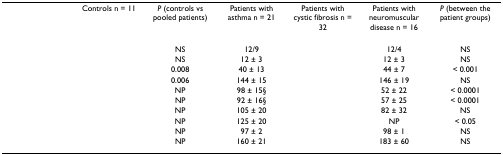
<table><thead><tr><td>[EMPTY_CELL]</td><td><b>Controls n = 11</b></td><td><b><i>P </i>(controls vs pooled patients)</b></td><td><b>Patients with asthma n = 21</b></td><td><b>Patients with cystic fibrosis n = 32</b></td><td><b>Patients with neuromuscular disease n = 16</b></td><td><b><i>P </i>(between the patient groups)</b></td></tr></thead><tbody><tr><td>[EMPTY_CELL]</td><td>[EMPTY_CELL]</td><td>NS</td><td>12/9</td><td>[EMPTY_CELL]</td><td>12/4</td><td>NS</td></tr><tr><td>[EMPTY_CELL]</td><td>[EMPTY_CELL]</td><td>NS</td><td>12 ± 3</td><td>[EMPTY_CELL]</td><td>12 ± 3</td><td>NS</td></tr><tr><td>[EMPTY_CELL]</td><td>[EMPTY_CELL]</td><td>0.008</td><td>40 ± 13</td><td>[EMPTY_CELL]</td><td>44 ± 7</td><td>&lt; 0.001</td></tr><tr><td>[EMPTY_CELL]</td><td>[EMPTY_CELL]</td><td>0.006</td><td>144 ± 15</td><td>[EMPTY_CELL]</td><td>146 ± 19</td><td>NS</td></tr><tr><td>[EMPTY_CELL]</td><td>[EMPTY_CELL]</td><td>NP</td><td>98 ± 15§</td><td>[EMPTY_CELL]</td><td>52 ± 22</td><td>&lt; 0.0001</td></tr><tr><td>[EMPTY_CELL]</td><td>[EMPTY_CELL]</td><td>NP</td><td>92 ± 16§</td><td>[EMPTY_CELL]</td><td>57 ± 25</td><td>&lt; 0.0001</td></tr><tr><td>[EMPTY_CELL]</td><td>[EMPTY_CELL]</td><td>NP</td><td>105 ± 20</td><td>[EMPTY_CELL]</td><td>82 ± 32</td><td>NS</td></tr><tr><td>[EMPTY_CELL]</td><td>[EMPTY_CELL]</td><td>NP</td><td>125 ± 20</td><td>[EMPTY_CELL]</td><td>NP</td><td>&lt; 0.05</td></tr><tr><td>[EMPTY_CELL]</td><td>[EMPTY_CELL]</td><td>NP</td><td>97 ± 2</td><td>[EMPTY_CELL]</td><td>98 ± 1</td><td>NS</td></tr><tr><td>[EMPTY_CELL]</td><td>[EMPTY_CELL]</td><td>NP</td><td>160 ± 21</td><td>[EMPTY_CELL]</td><td>183 ± 60</td><td>NS</td></tr></tbody></table>